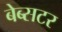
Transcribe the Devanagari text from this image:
बेब्सटर